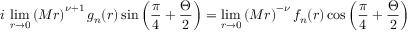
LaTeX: i \, \operatorname * { l i m } _ { r \rightarrow 0 } \left( M r \right) ^ { \nu + 1 } g _ { n } ( r ) \sin \left( \frac { \pi } { 4 } + \frac { \Theta } { 2 } \right) = \operatorname * { l i m } _ { r \rightarrow 0 } \left( M r \right) ^ { - \nu } f _ { n } ( r ) \cos \left( \frac { \pi } { 4 } + \frac { \Theta } { 2 } \right)